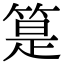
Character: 䈕